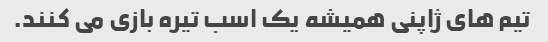
تیم های ژاپنی همیشه یک اسب تیره بازی می کنند.